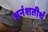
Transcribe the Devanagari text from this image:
अनंशतीर्थ